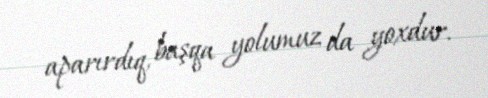
aparırdıq, başqa yolumuz da yoxdur.